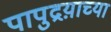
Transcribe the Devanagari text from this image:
पापुद्रय़ाच्या